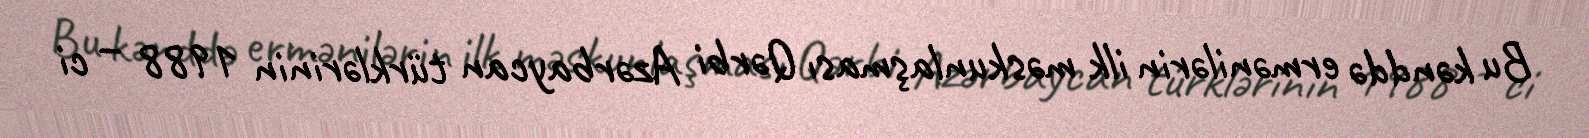
Bu kənddə ermənilərin ilk məskunlaşması Qərbi Azərbaycan türklərinin 1988 – ci